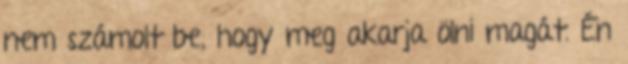
nem számolt be, hogy meg akarja ölni magát. Én